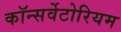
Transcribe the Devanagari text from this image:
कॉन्सर्वेटोरियम